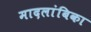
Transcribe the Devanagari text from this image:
मादलांबिका